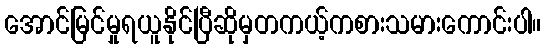
အောင်မြင်မှုရယူနိုင်ပြီဆိုမှတကယ့်ကစားသမားကောင်းပါ။